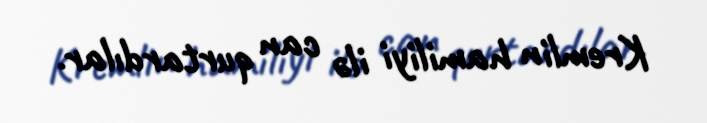
Kremlin hamiliyi ilə can qurtardılar.